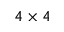
4 \times 4